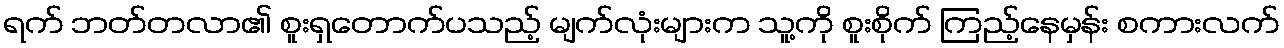
ရက် ဘတ်တလာ၏ စူးရှတောက်ပသည့် မျက်လုံးများက သူ့ကို စူးစိုက် ကြည့်နေမှန်း စကားလက်